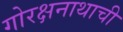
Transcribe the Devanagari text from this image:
गोरक्षनाथाची